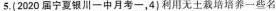
5.(2020届宁夏银川一中月考一，4)利用无土栽培培养一些名